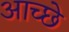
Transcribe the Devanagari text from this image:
आच्छे